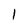
Character: 1